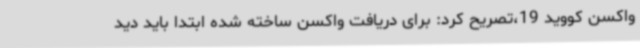
واکسن کووید 19،تصریح کرد: برای دریافت واکسن ساخته شده ابتدا باید دید